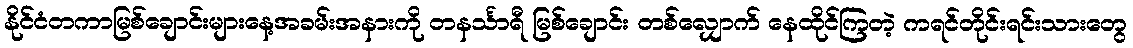
နိုင်ငံတကာမြစ်ချောင်းများနေ့အခမ်းအနားကို တနင်္သာရီ မြစ်ချောင်း တစ်လျှောက် နေထိုင်ကြတဲ့ ကရင်တိုင်းရင်းသားတွေ